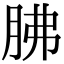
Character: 胇